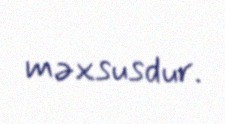
məxsusdur.